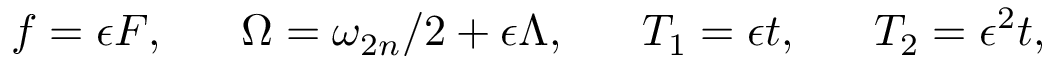
f = \epsilon F , \ \ \ \ \ \Omega = \omega _ { 2 n } / 2 + \epsilon \Lambda , \ \ \ \ \ T _ { 1 } = \epsilon t , \ \ \ \ \ T _ { 2 } = \epsilon ^ { 2 } t ,